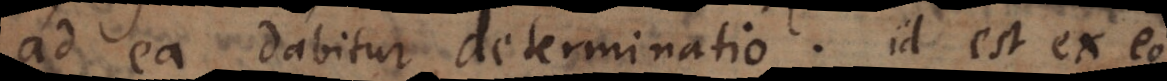
ad ea dabitur determinatio, id est ex eo